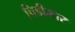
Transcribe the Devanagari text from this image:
चिडीमार